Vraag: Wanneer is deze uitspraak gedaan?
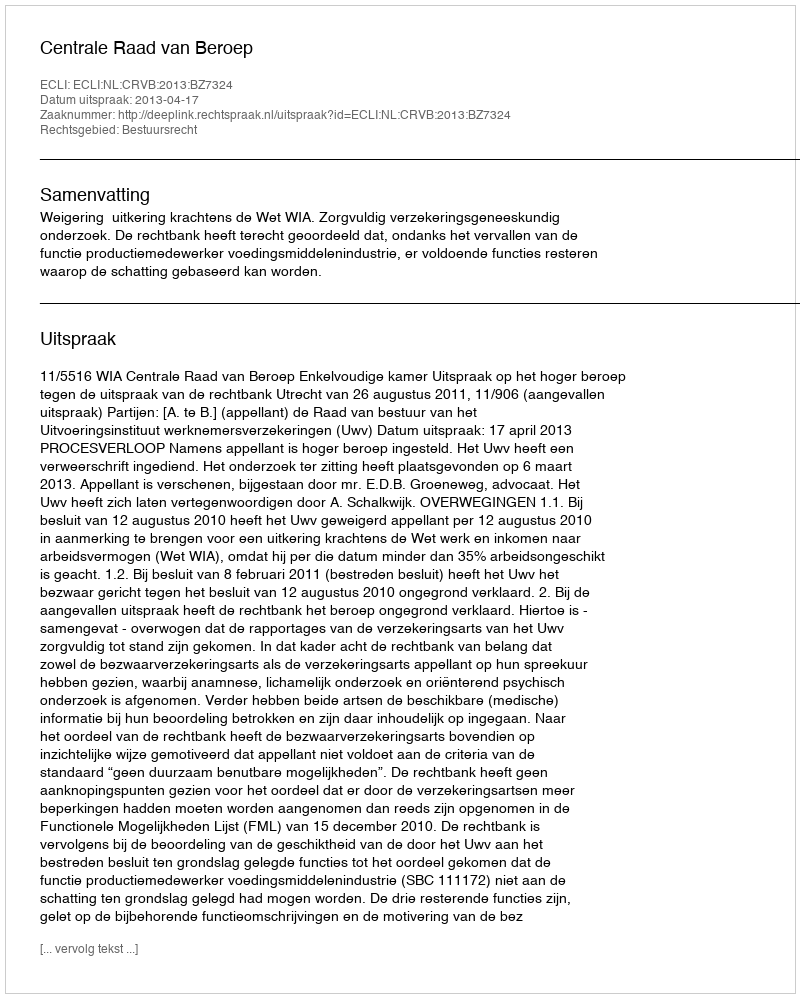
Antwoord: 2013-04-17